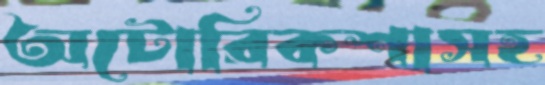
অটোরিকশাসহ